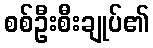
စစ်ဦးစီးချုပ်၏